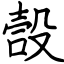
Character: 嗀